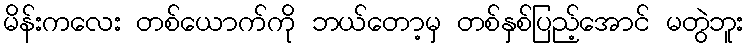
မိန်းကလေး တစ်ယောက်ကို ဘယ်တော့မှ တစ်နှစ်ပြည့်အောင် မတွဲဘူး